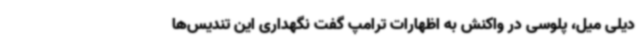
دیلی میل،‌ پلوسی در واکنش به اظهارات ترامپ گفت نگهداری این تندیس‌ها